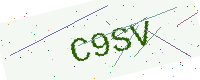
Text: C9SV